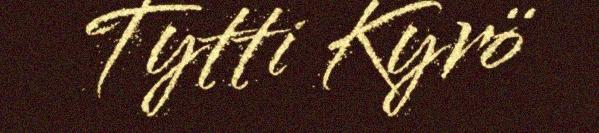
Tytti Kyrö